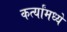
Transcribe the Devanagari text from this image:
कर्त्यांमध्ये